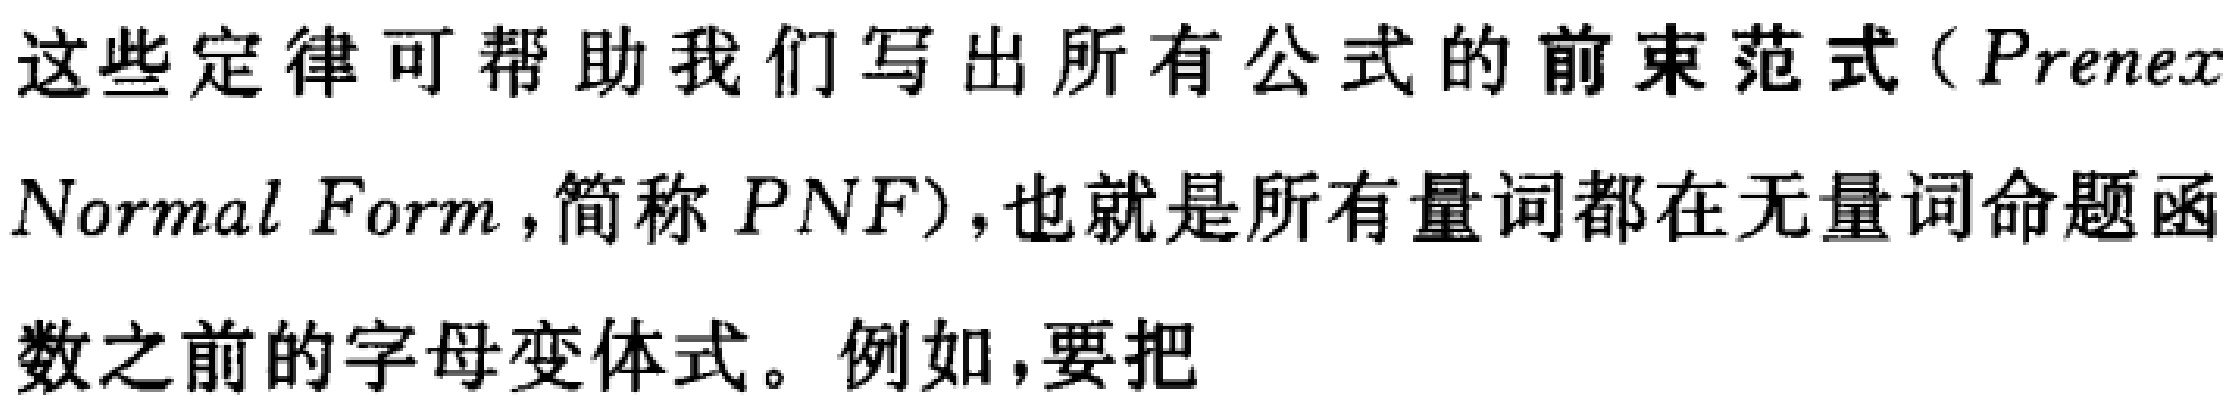
这些定律可帮助我们写出所有公式的前束范式（\(Prenex\ Normal\ Form\)，简称\(PNF\)），也就是所有量词都在无量词命题函数之前的字母变体式。例如，要把